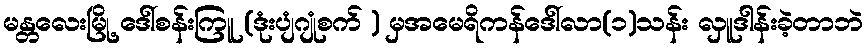
မန္တလေးမြို့ ဒေါ်စန်းကြူ (ဒုံးပျံဂျုံစက် ) မှအမေရိကန်ဒေါ်လာ(၁)သန်း လှူဒါန်းခဲ့တာဘဲ